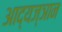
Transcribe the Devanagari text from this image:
आद्यज्ञान